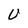
Character: U